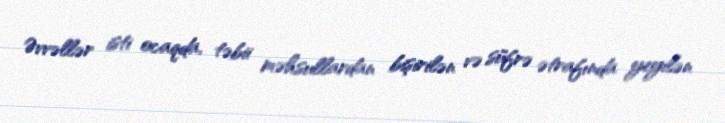
Əvvəllər isti ocaqda, təbii məhsullardan bişirilən və süfrə ətrafında yeyilən